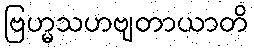
ဗြဟ္မသဟဗျတာယာတိ